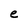
Character: e